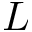
L